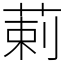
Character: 䓶